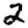
Digit: 2